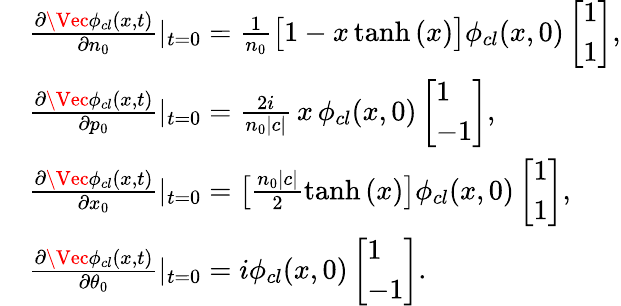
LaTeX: \begin{array}{rl}&{\frac{\partial\Vec{\phi}_{cl}(x,t)}{\partial n_{0}}\rvert_{t=0}=\frac{1}{n_{0}}\big[1-x\operatorname{tanh}{(x)}\big]\phi_{cl}(x,0)\left[\begin{array}{l}{1}\\ {1}\end{array}\right],}\\ &{\frac{\partial\Vec{\phi}_{cl}(x,t)}{\partial p_{0}}\rvert_{t=0}=\frac{2i}{n_{0}|c|}\, x\, \phi_{cl}(x,0)\left[\begin{array}{l}{1}\\ {-1}\end{array}\right],}\\ &{\frac{\partial\Vec{\phi}_{cl}(x,t)}{\partial x_{0}}\rvert_{t=0}=\big[\frac{n_{0}|c|}{2}\operatorname{tanh}{(x)}\big]\phi_{cl}(x,0)\left[\begin{array}{l}{1}\\ {1}\end{array}\right],}\\ &{\frac{\partial\Vec{\phi}_{cl}(x,t)}{\partial\theta_{0}}\rvert_{t=0}=i\phi_{cl}(x,0)\left[\begin{array}{l}{1}\\ {-1}\end{array}\right].}\end{array}